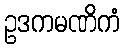
ဥဒကမဏိကံ